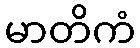
မာတိကံ